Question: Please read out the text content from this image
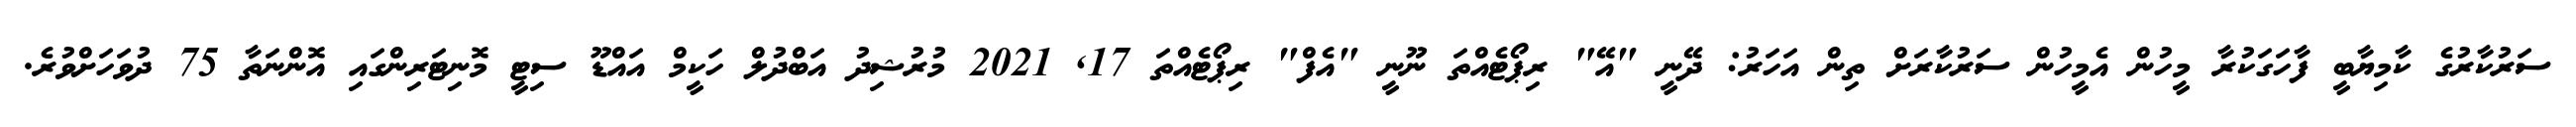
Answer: ސަރުކާރުގެ ކާމިޔާބީ ފާހަގަކުރާ މީހުން އެމީހުން ސަރުކާރަށް ތިން އަހަރު: ދޭނީ "އޭ" ރިޕޯޓެއްތަ ނޫނީ "އެފް" ރިޕޯޓެއްތަ 17, 2021 މުރުޝިދު އަބްދުލް ހަކީމް އައްޑޫ ސިޓީ މޮނިޓަރިންގައި އޮންނަތާ 75 ދުވަހަށްވުރެ.